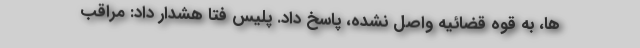
ها، به قوه قضائیه واصل نشده، پاسخ داد. پلیس فتا هشدار داد: مراقب